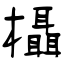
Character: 欇